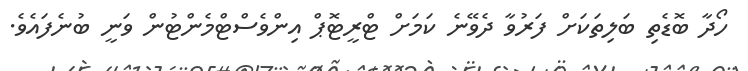
ހޯދާ ބޮޑެތި ބަލިތަކަށް ފަރުވާ ދެވޭނެ ކަމަށް ޓްރީޓޮޕް އިންވެސްޓްމެންޓުން ވަނީ ބުނެފައެވެ.